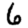
Digit: 6